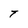
Character: T